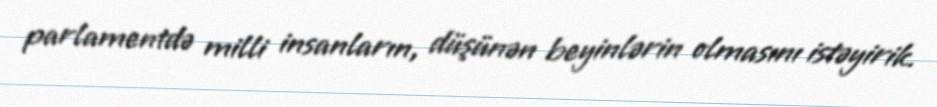
parlamentdə milli insanların, düşünən beyinlərin olmasını istəyirik.